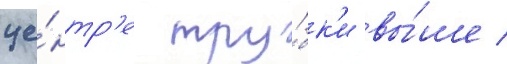
це́нтр'е тру́бк'и вы́ше /